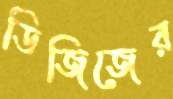
ডিজিজের